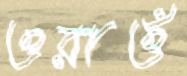
ওরাওঁ